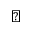
\perp